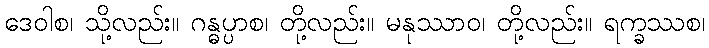
ဒေဝါစ၊ သို့လည်း။ ဂန္ဓပ္ပာစ၊ တို့လည်း။ မနုဿာဝ၊ တို့လည်း။ ရက္ခဿစ၊